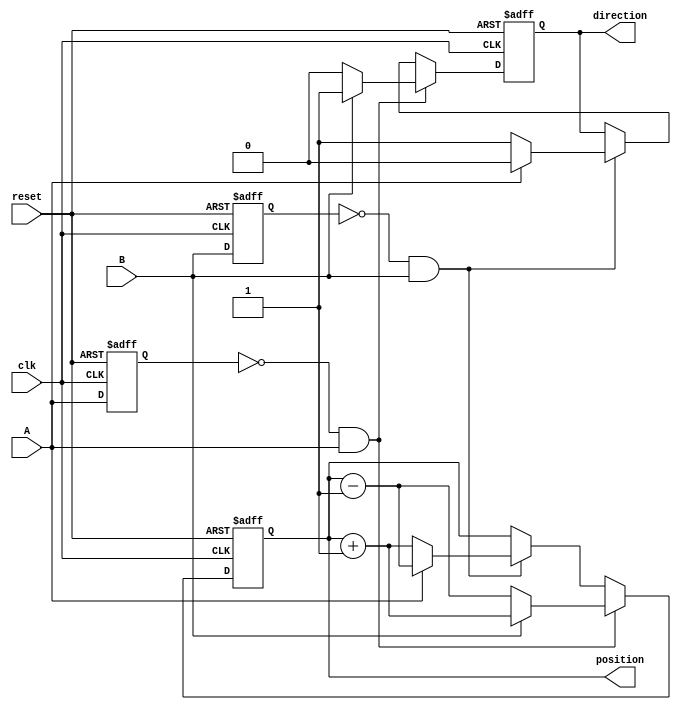
module rotary_encoder (
    input wire clk,         // Clock input
    input wire reset,       // Reset signal
    input wire A,           // Encoder output A
    input wire B,           // Encoder output B
    output reg [15:0] position, // Position counter (16-bit)
    output reg direction    // Direction (1 for clockwise, 0 for counterclockwise)
);
    
    reg A_prev, B_prev;     // Registers to hold previous states of A and B

    // Initialize outputs
    initial begin
        position = 0;
        direction = 0;
        A_prev = 0;
        B_prev = 0;
    end

    // Edge detection and position counting
    always @(posedge clk or posedge reset) begin
        if (reset) begin
            // Reset the position and direction
            position <= 16'b0;
            direction <= 0;
            A_prev <= 0;
            B_prev <= 0;
        end else begin
            // Detect rising edges on A and B
            if (A_prev == 0 && A == 1) begin // Rising edge on A
                if (B == 1) begin
                    // Clockwise rotation
                    position <= position + 1;
                    direction <= 1; // Clockwise
                end else begin
                    // Counterclockwise rotation
                    position <= position - 1;
                    direction <= 0; // Counterclockwise
                end
            end else if (B_prev == 0 && B == 1) begin // Rising edge on B
                if (A == 1) begin
                    // Counterclockwise rotation
                    position <= position - 1;
                    direction <= 0; // Counterclockwise
                end else begin
                    // Clockwise rotation
                    position <= position + 1;
                    direction <= 1; // Clockwise
                end
            end
            
            // Update previous states
            A_prev <= A;
            B_prev <= B;
        end
    end

endmodule